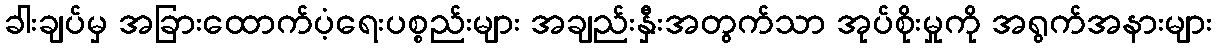
ခါးချပ်မှ အခြားထောက်ပံ့ရေးပစ္စည်းများ အချည်းနှီးအတွက်သာ အုပ်စိုးမှုကို အရွက်အနားများ